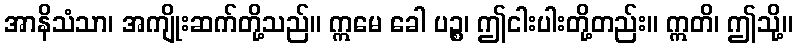
အာနိသံသာ၊ အကျိုးဆက်တို့သည်။ ဣမေ ခေါ ပဉ္စ၊ ဤငါးပါးတို့တည်း။ ဣတိ၊ ဤသို့။